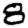
Digit: 8